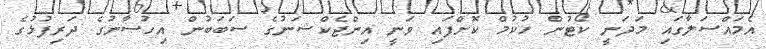
އެމައްސަލާގައި މަދަނީ ކޯޓުން ހުކުމް ކޮށްފައި ވަނީ އިންޖެކްޝަނުގެ ސަބަބުން އިހުސާނުގެ ދަރިފުޅުގެ